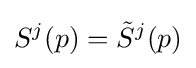
S^{j}(p)={\tilde {S}}^{j}(p)